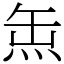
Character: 缹